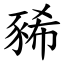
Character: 豨